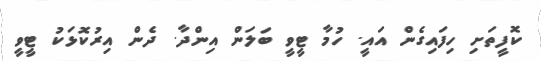
ކޮފީތަށި ހިފައިގެން އައީ. ހުމާ ޓީވީ ބަލަން އިންދާ. ދެން އިރުކޮޅަކު ޓީވީ